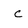
Character: c